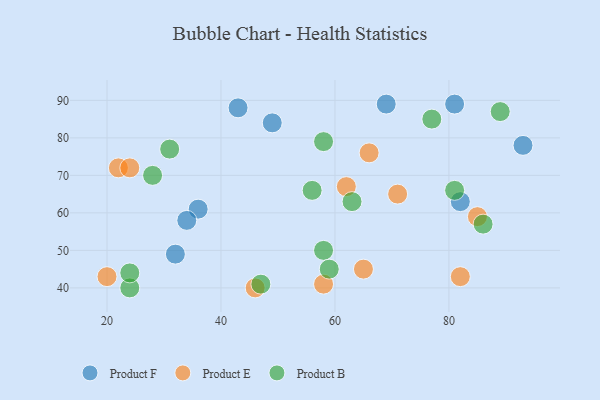
{"axis": {"x": "GDP", "y": "Life Expectancy"}, "legend": ["Product B", "Product E", "Product F"], "data": [{"x": "81", "y": 89, "type": "Product F"}, {"x": "36", "y": 61, "type": "Product F"}, {"x": "93", "y": 78, "type": "Product F"}, {"x": "43", "y": 88, "type": "Product F"}, {"x": "69", "y": 89, "type": "Product F"}, {"x": "32", "y": 49, "type": "Product F"}, {"x": "82", "y": 63, "type": "Product F"}, {"x": "34", "y": 58, "type": "Product F"}, {"x": "49", "y": 84, "type": "Product F"}, {"x": "62", "y": 67, "type": "Product E"}, {"x": "71", "y": 65, "type": "Product E"}, {"x": "20", "y": 43, "type": "Product E"}, {"x": "66", "y": 76, "type": "Product E"}, {"x": "85", "y": 59, "type": "Product E"}, {"x": "22", "y": 72, "type": "Product E"}, {"x": "82", "y": 43, "type": "Product E"}, {"x": "58", "y": 41, "type": "Product E"}, {"x": "46", "y": 40, "type": "Product E"}, {"x": "24", "y": 72, "type": "Product E"}, {"x": "65", "y": 45, "type": "Product E"}, {"x": "58", "y": 79, "type": "Product B"}, {"x": "58", "y": 50, "type": "Product B"}, {"x": "77", "y": 85, "type": "Product B"}, {"x": "24", "y": 40, "type": "Product B"}, {"x": "59", "y": 45, "type": "Product B"}, {"x": "89", "y": 87, "type": "Product B"}, {"x": "28", "y": 70, "type": "Product B"}, {"x": "86", "y": 57, "type": "Product B"}, {"x": "24", "y": 44, "type": "Product B"}, {"x": "63", "y": 63, "type": "Product B"}, {"x": "56", "y": 66, "type": "Product B"}, {"x": "47", "y": 41, "type": "Product B"}, {"x": "81", "y": 66, "type": "Product B"}, {"x": "31", "y": 77, "type": "Product B"}]}